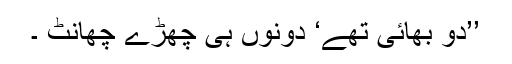
’’دو بھائی تھے‘ دونوں ہی چھڑے چھانٹ ۔